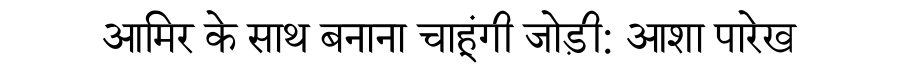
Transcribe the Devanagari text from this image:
आमिर के साथ बनाना चाहूंगी जोड़ी: आशा पारेख